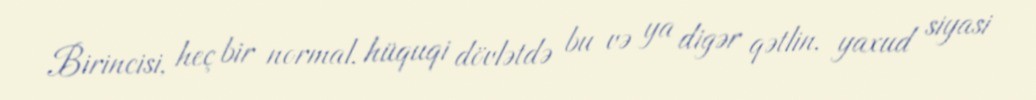
Birincisi, heç bir normal, hüquqi dövlətdə bu və ya digər qətlin, yaxud siyasi